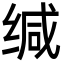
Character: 缄